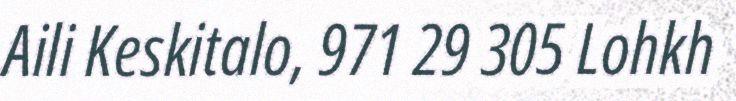
Aili Keskitalo, 971 29 305 Lohkh